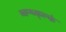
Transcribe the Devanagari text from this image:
व्क्न्ध्क्ल्कं